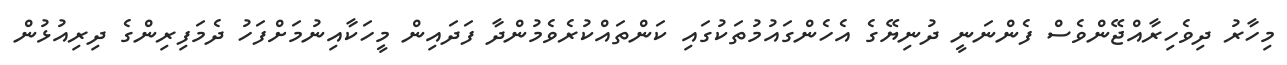
މިހާރު ދިވެހިރާއްޖޭންވެސް ފެންނަނީ ދުނިޔޭގެ އެހެންގައުމުތަކުގައި ކަންތައްކުރެވެމުންދާ ފަދައިން މީހަކާއިނުމަށްފަހު ދެމަފިރިންގެ ދިރިއުޅުން